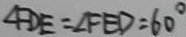
\angle F D E = \angle F E D = 6 0 ^ { \circ }